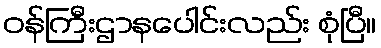
ဝန်ကြီးဌာနပေါင်းလည်း စုံပြီ။